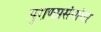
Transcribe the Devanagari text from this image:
पुराणप्रसंगांवर